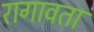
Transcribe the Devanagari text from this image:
रागावता